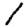
Digit: 1